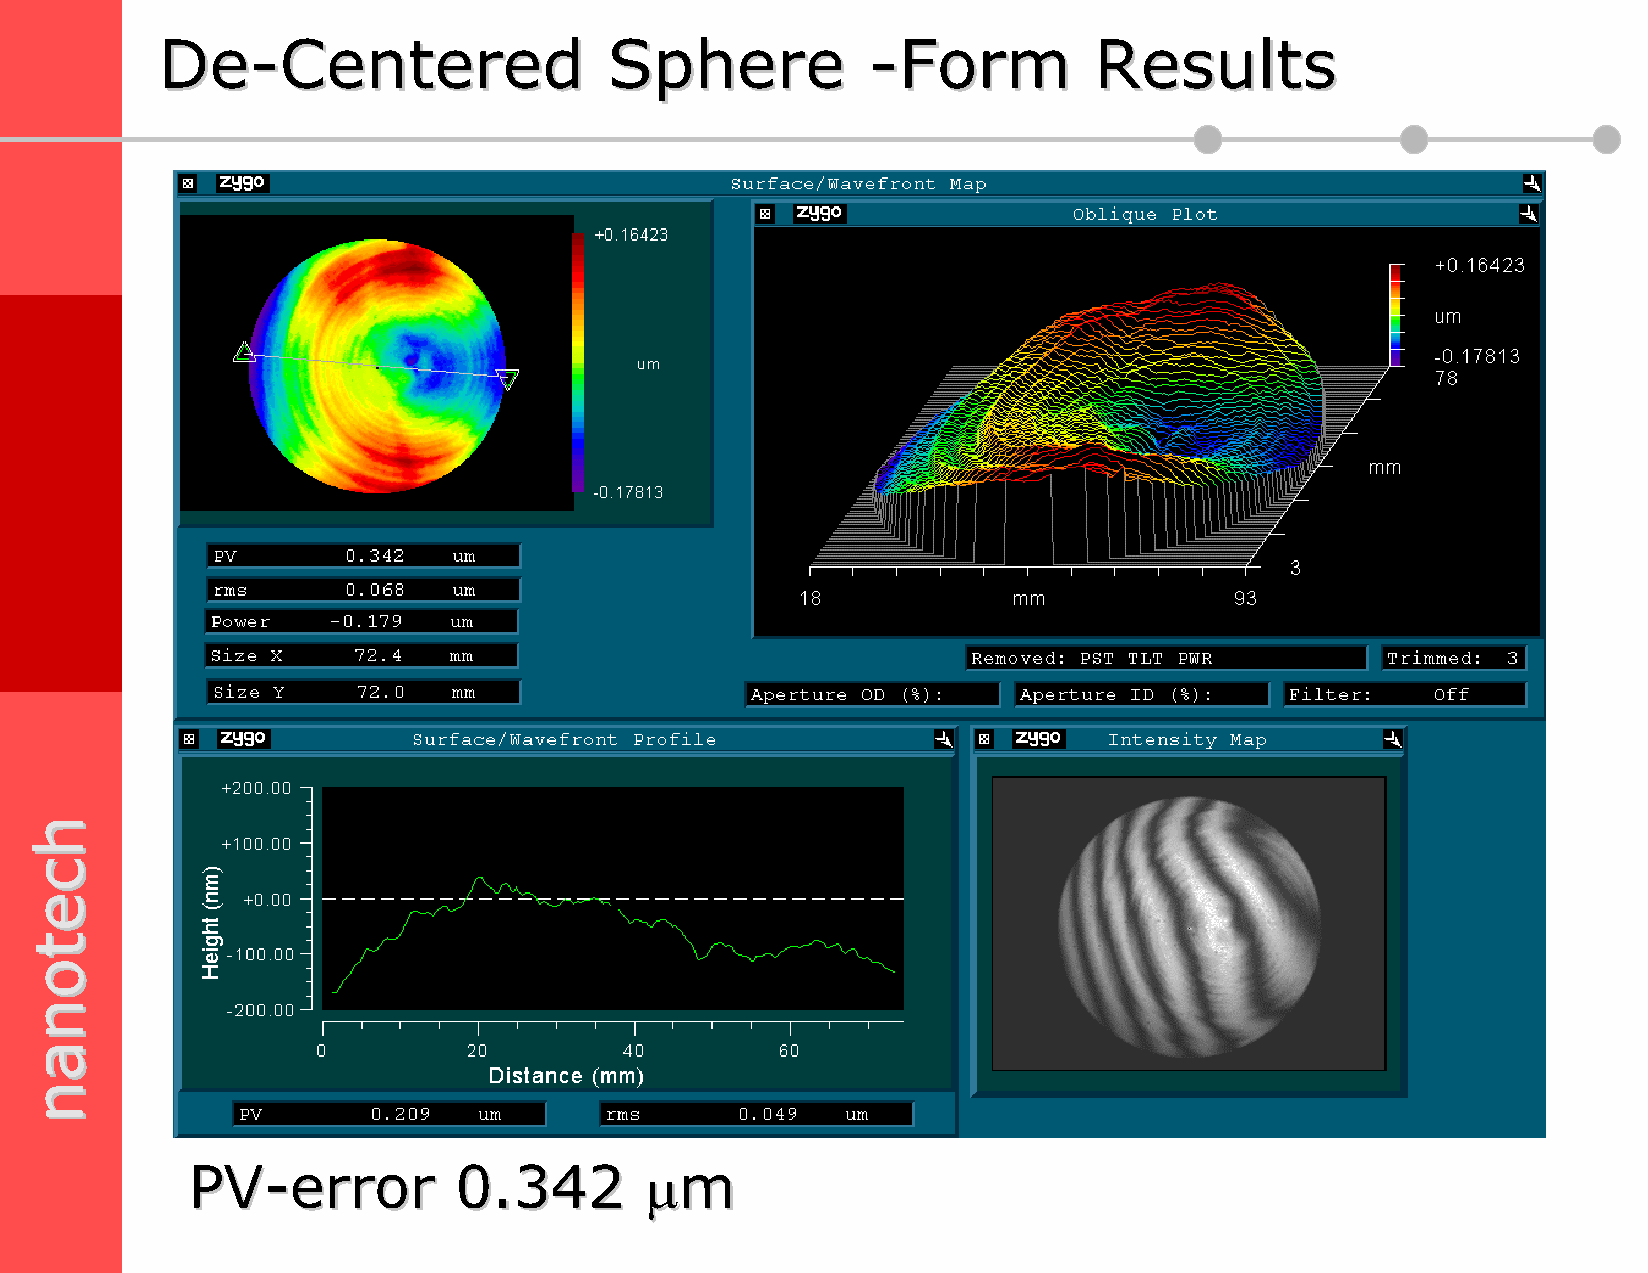
DDee--CCeenntteerreedd       SSpphheerree      --FFoorrmm     RReessuullttss
 PPVV--eerrrroorr 00..334422   µµmm
 hhcceettoonnaann